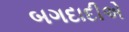
બગદાદીએ